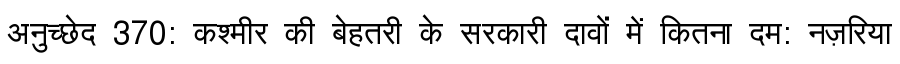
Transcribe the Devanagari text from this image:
अनुच्छेद 370: कश्मीर की बेहतरी के सरकारी दावों में कितना दम: नज़रिया